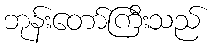
ဘုန်းတော်ကြီးသည်